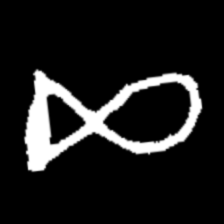
Pyu character \u2014 Myanmar letter: ဆ (romanized: cha)